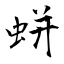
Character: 蛢